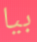
بيا